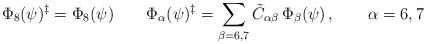
LaTeX: \begin{align*}\Phi_8(\psi)^\ddagger = \Phi_8(\psi) \quad \quad\Phi_\alpha(\psi)^\ddagger = \sum_{\beta = 6,7} \tilde{C}_{\alpha \beta} \,\Phi_\beta (\psi) \,,\quad \quad \alpha = 6,7\end{align*}